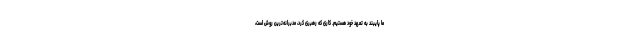
ما پایبند به تعهد خود هستیم. کاری که رهبری کرد، مدبرانه‌ترین روش است،